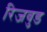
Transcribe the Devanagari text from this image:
रिजवुड